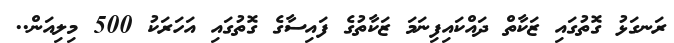
ރަނގަޅު ގޮތުގައި ޒަކާތް ދައްކައިފިނަމަ ޒަކާތުގެ ފައިސާގެ ގޮތުގައި އަހަރަކު 500 މިލިއަން..